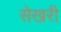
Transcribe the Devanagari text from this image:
सेखरी